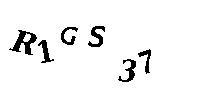
R1GS37